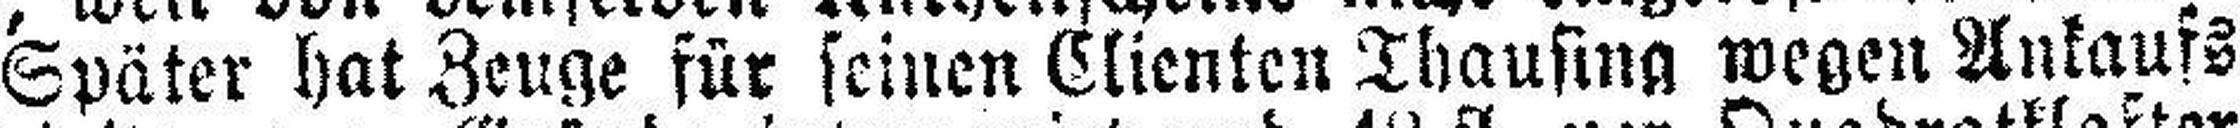
Später hat Zeuge für seinen Clienten Thausing wegen Ankaufs